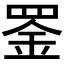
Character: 𫅇